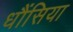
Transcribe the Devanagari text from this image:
धौंसिया